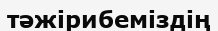
тәжірибеміздің